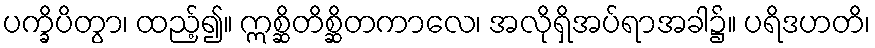
ပက္ခိပိတွာ၊ ထည့်၍။ ဣစ္ဆိတိစ္ဆိတကာလေ၊ အလိုရှိအပ်ရာအခါ၌။ ပရိဒဟတိ၊